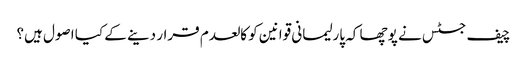
چیف جسٹس نے پوچھا کہ پارلیمانی قوانین کو کالعدم قرار دینے کے کیا اصول ہیں؟